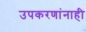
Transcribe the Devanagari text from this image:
उपकरणांनाही